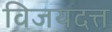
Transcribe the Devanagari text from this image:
विजयदत्त